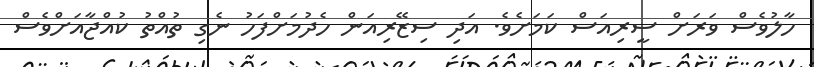
ހާލުވެސް ވަރަށް ސީރިއަސް ކަަމަށެވެ. އަދި ސިޒޭރިއަން ހެދުމަށްފަހު ނެގި ތުއްތު ކުއްޖާއަށްވެސް